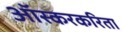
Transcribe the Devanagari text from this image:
ऑस्करकरिता